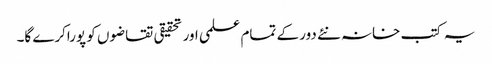
یہ کتب خانہ نئے دور کے تمام علمی اور تحقیقی تقاضوں کو پوراکرے گا۔